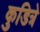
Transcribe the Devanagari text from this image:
कुडित्रे